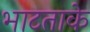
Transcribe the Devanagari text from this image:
भाटताके